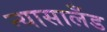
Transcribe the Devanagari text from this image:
न्यासालँड